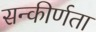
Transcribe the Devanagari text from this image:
सन्कीर्णता